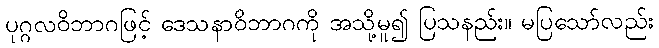
ပုဂ္ဂလဝိဘာဂဖြင့် ဒေသနာဝိဘာဂကို အသို့မူ၍ ပြသနည်း။ မပြသော်လည်း